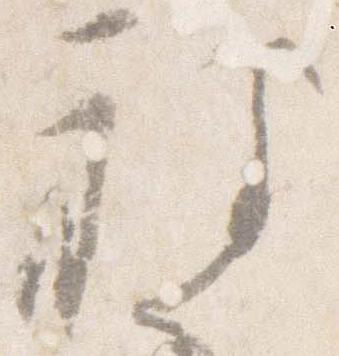
被